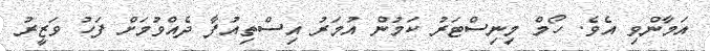
އަމާންވި އެވެ. ހޯމް މިނިސްޓަރު ކަމުން އުމަރު އިސްތިއުފާ ދެއްވުމަށް ފަހު ވަޒީރު